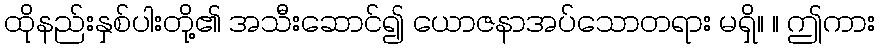
ထိုနည်းနှစ်ပါးတို့၏ အသီးဆောင်၍ ယောဇနာအပ်သောတရား မရှိ။ ။ ဤကား